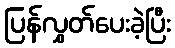
ပြန်လွှတ်ပေးခဲ့ပြီး